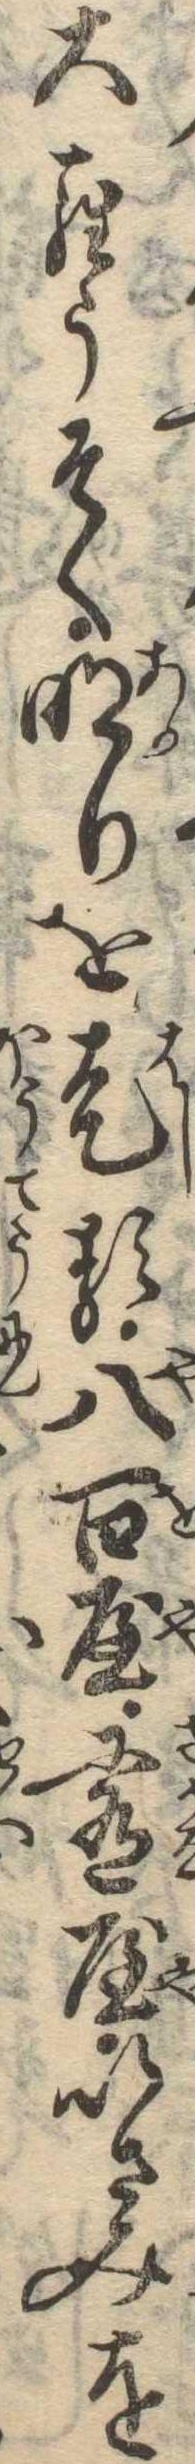
大らうさく明りを走る八百屋肴屋いさみを